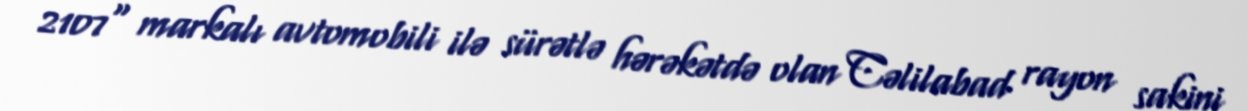
2107" markalı avtomobili ilə sürətlə hərəkətdə olan Cəlilabad rayon sakini